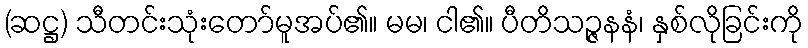
(ဆဋ္ဌ) သီတင်းသုံးတော်မူအပ်၏။ မမ၊ ငါ၏။ ပီတိသဉ္ဇနနံ၊ နှစ်လိုခြင်းကို